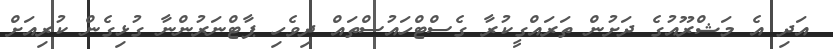
އަދި އެ މަޝްރޫއުގެ ދަށުން ތަރައްގީކުރާ ގެސްޓްހައުސްތައް ދިވެހި ޕާޓްނަރުންނާ ގުޅިގެން ކުރިއަށް